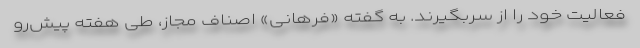
فعالیت خود را از سربگیرند. به گفته «فرهانی» اصناف مجاز، طی هفته پیش‌رو